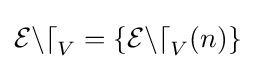
{\mathcal {End}}_{V}=\{{\mathcal {End}}_{V}(n)\}